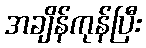
အချိန်ကုန်ပြီး